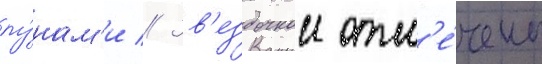
лу́нам'и // Зв'ездочкои отм'е́чены